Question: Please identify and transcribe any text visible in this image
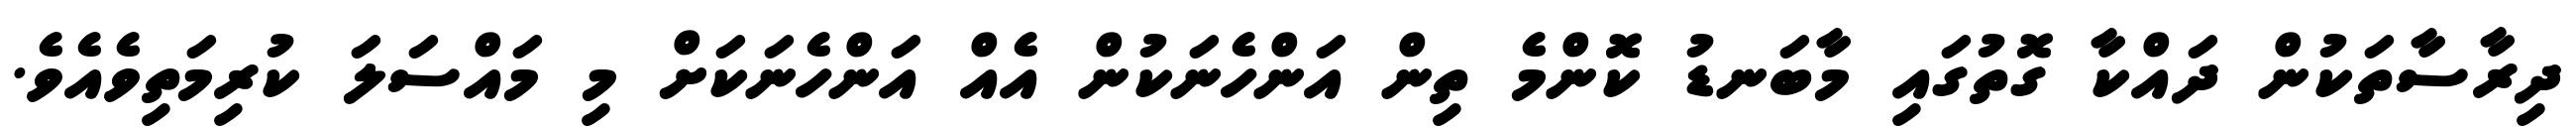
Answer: ދިރާސާތަކުން ދައްކާ ގޮތުގައި މާބަނޑު ކޮންމެ ތިން އަންހެނަކުން އެއް އަންހެނަކަށް މި މައްސަލަ ކުރިމަތިވެއެވެ.